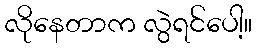
လိုနေတာက လွဲရင်ပေါ့။